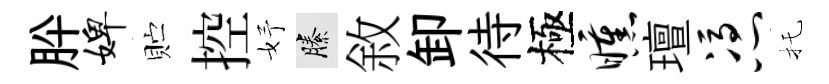
肸婢贮控妤縢敘卸待極曛璮凭托